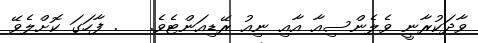
ވާދަކުރާނީ ވެލެންސިއާ އާއި ނިއު ރޭޑިއަންޓެވެ.   . ފާހަގަ ކޮށްލެވޭ